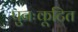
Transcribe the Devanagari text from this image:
पुनःकूटित